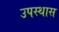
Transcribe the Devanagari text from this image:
उपस्थास